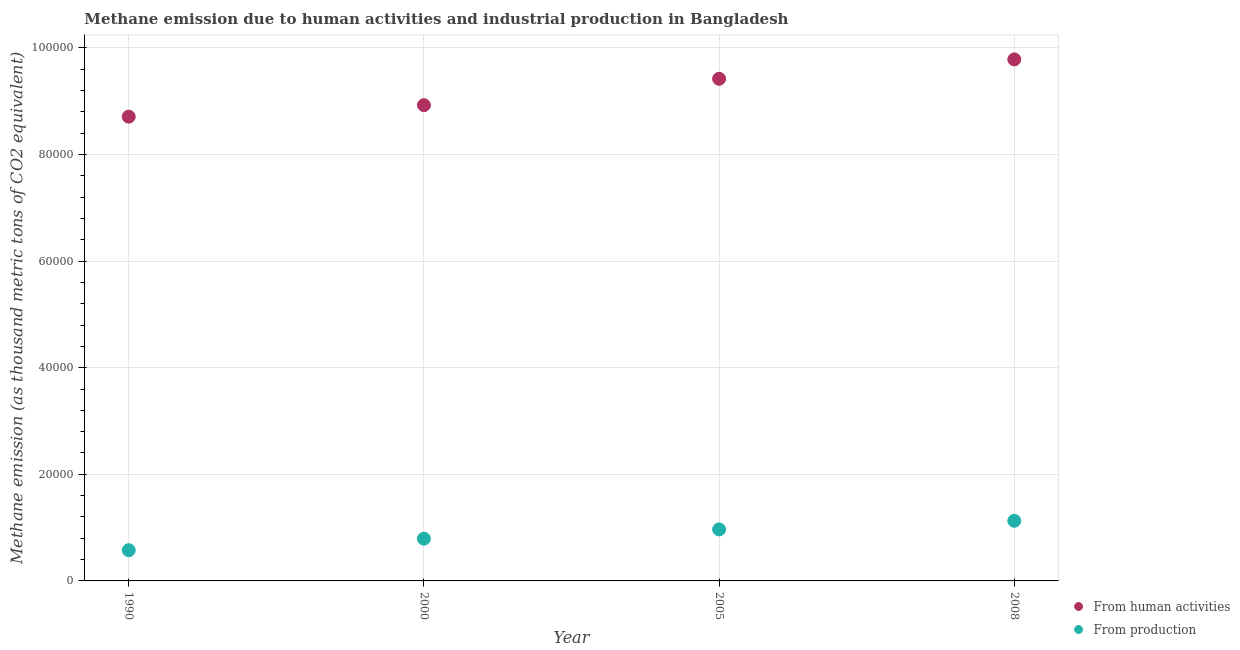
| Year | From human activities | From production |
 | --- | --- | --- |
 | 1990 | 8.71e+04 | 5.77e+03 |
 | 2000 | 8.92e+04 | 7.92e+03 |
 | 2005 | 9.42e+04 | 9.66e+03 |
 | 2008 | 9.78e+04 | 1.13e+04 |